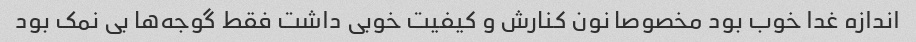
اندازه غدا خوب بود مخصوصا نون کنارش و کیفیت خوبی داشت فقط گوجه‌ها بی نمک بود